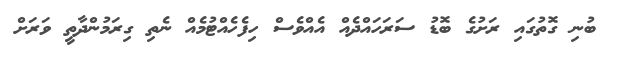
ބުނި ގޮތުގައި ރަށުގެ ބޮޑު ސަރަހައްދެއް އެއްވެސް ހިފެހެއްޓުމެއް ނެތި ގިރަމުންދާތީ ވަރަށް